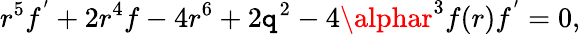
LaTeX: r^{5}f^{^{\prime}}+2r^{4}f-4r^{6}+2\mathtt{q}^{2}-4\alphar^{3}f(r)f^{^{\prime}}=0,